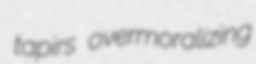
tapirs overmoralizing